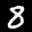
Label: 8